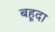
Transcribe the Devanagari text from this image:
बहूदा